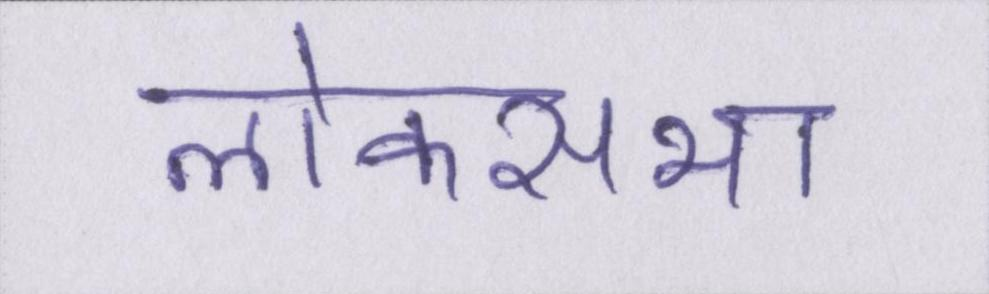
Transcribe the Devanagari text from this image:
लोकसभा